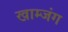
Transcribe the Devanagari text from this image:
खाम्जंग